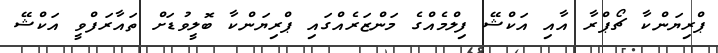
ޕްރިޔަންކާ ޗޯޕްރާ އާއި އަކްޝޭ ފިލްމެއްގެ މަންޒަރެއްގައި ޕްރިޔަންކާ ބޮލީވުޑަށް ތައާރަފްވީ އަކްޝޭ